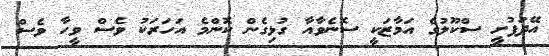
އޭދަފުށީ ސްކޫލުގެ އަމާޒަކީ ސޮނެވާއާ ގުޅިގެން ކޮންމެ އަހަރަކު ވެސް ވީހާ ވެސް